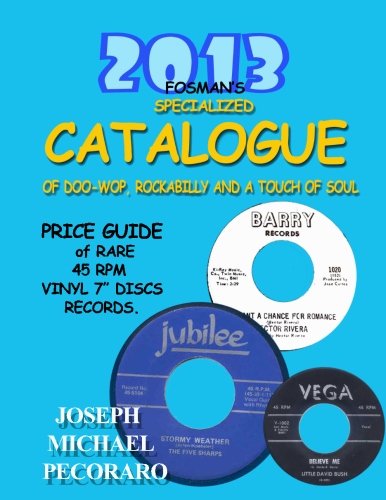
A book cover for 2013 Fosman's Specialized Catalogue: Values of Rare Doo-Wop, Rockabilly and a Touch of Soul (2013 Fosman's Specialized Price Guide); Mr. Joseph Michael Pecoraro; Crafts, Hobbies & Home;